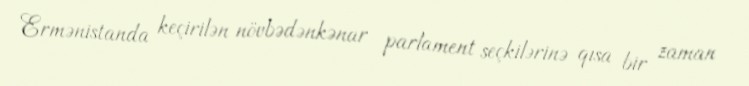
Ermənistanda keçirilən növbədənkənar parlament seçkilərinə qısa bir zaman